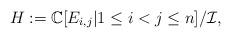
LaTeX: \begin{align*}H:=\mathbb{C}[E_{i,j}|1 \leq i<j \leq n]/\mathcal{I}, \end{align*}